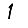
Digit: 1